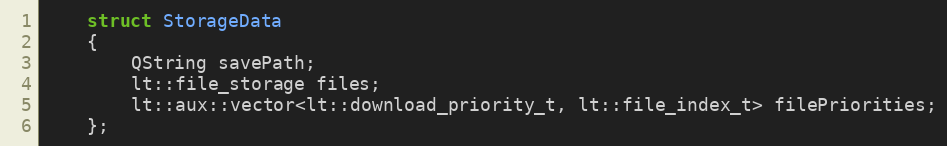
Language: C
    struct StorageData
    {
        QString savePath;
        lt::file_storage files;
        lt::aux::vector<lt::download_priority_t, lt::file_index_t> filePriorities;
    };